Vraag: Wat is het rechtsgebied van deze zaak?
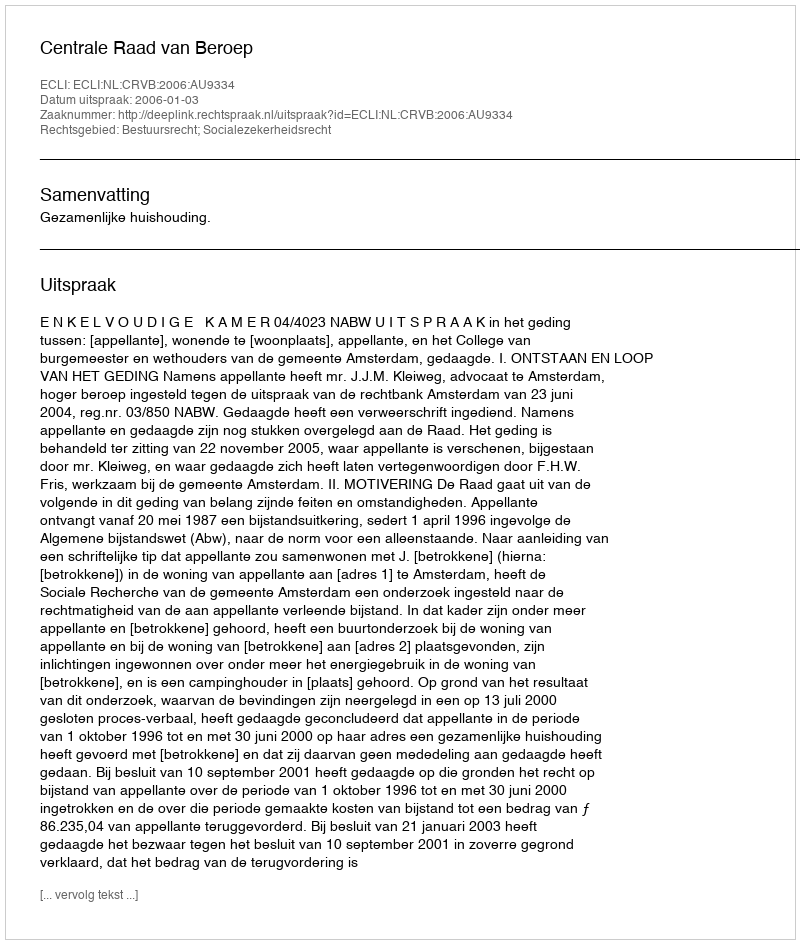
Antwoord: Bestuursrecht; Socialezekerheidsrecht